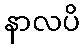
နာလပိ